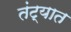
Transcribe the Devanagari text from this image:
तंट्यात